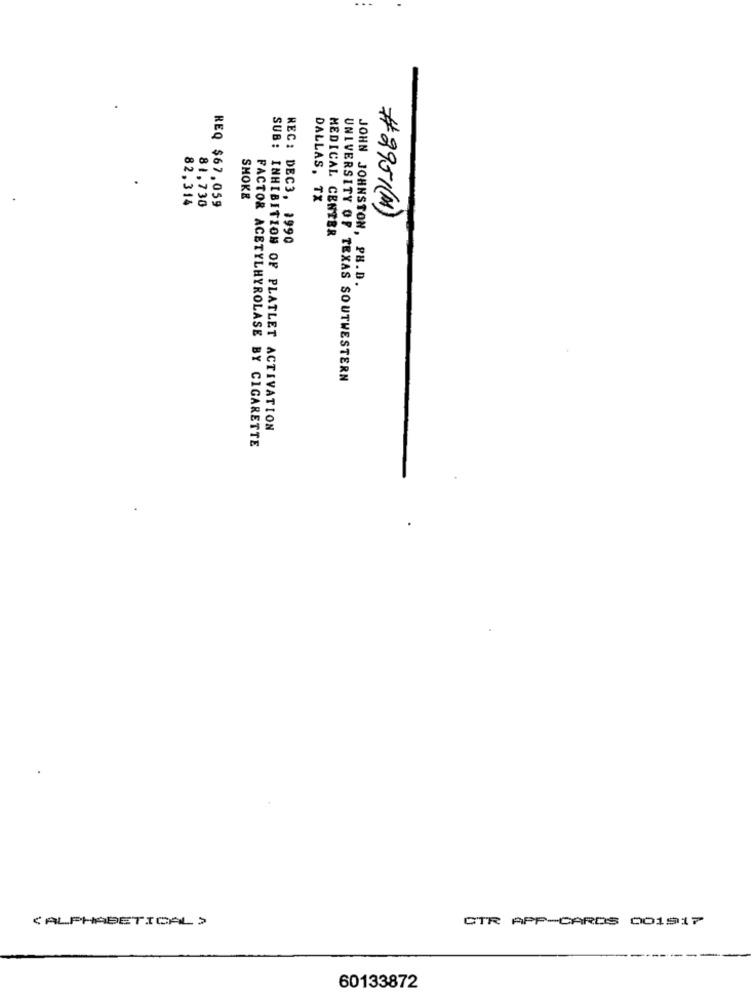
82,314
81.730
REQ $67,059
SMOKE
DALLAS, TX
#2951( M)
MEDICAL CENTER
REC: DEC3. 1990
JOHN JOHNSTON, PB.D.
UNIVERSITY OF TEXAS SOUTWESTERN
SUB: INHIBITION OF PLATLET ACTIVATION
FACTOR ACETYLHYROLASE BY CIGARETTE
(ALPHABETICAL >
CTR APP-CARDS 001917
60133872